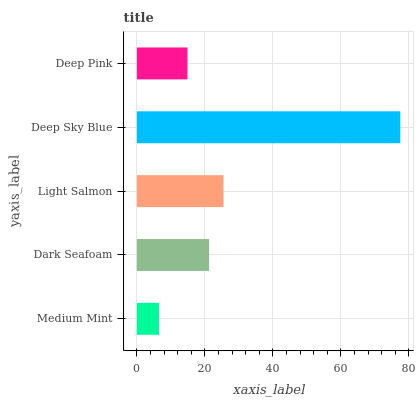
| yaxis_label | bars |
 | --- | --- |
 | Medium Mint | 6.48 |
 | Dark Seafoam | 21.2 |
 | Light Salmon | 25.5 |
 | Deep Sky Blue | 77.5 |
 | Deep Pink | 14.9 |